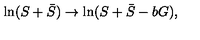
\ln ( S + \bar { S } ) \rightarrow \ln ( S + \bar { S } - b G ) ,